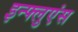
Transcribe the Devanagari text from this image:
इन्फ्लुएंस